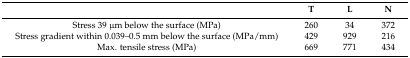
<table><thead><tr><td></td><td><b>T</b></td><td><b>L</b></td><td><b>N</b></td></tr></thead><tbody><tr><td>Stress 39 μm below the surface (MPa)</td><td>260</td><td>34</td><td>372</td></tr><tr><td>Stress gradient within 0.039–0.5 mm below the surface (MPa/mm)</td><td>429</td><td>929</td><td>216</td></tr><tr><td>Max. tensile stress (MPa)</td><td>669</td><td>771</td><td>434</td></tr></tbody></table>